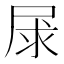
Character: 㞗